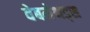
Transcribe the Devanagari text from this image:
वेबमेथड्स